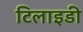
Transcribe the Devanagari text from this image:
टिलाइडी